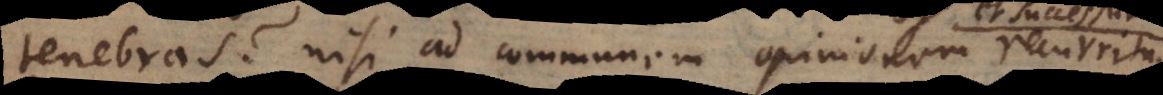
tenebras? nisi ad communem opinionem recurrimus